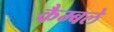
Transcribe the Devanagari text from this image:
कैम्बले